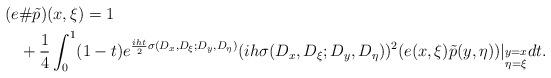
LaTeX: \begin{align*}\begin{aligned}(e&\#\tilde p)(x,\xi)=1\\&+\frac{1}{4}\int_0^1 (1-t) e^{\frac{iht}{2} \sigma(D_x,D_\xi; D_y,D_\eta)} (ih \sigma(D_x,D_\xi; D_y,D_\eta))^2(e(x,\xi)\tilde p(y,\eta))|_{\substack{y=x\\ \eta=\xi}}dt.\end{aligned}\end{align*}